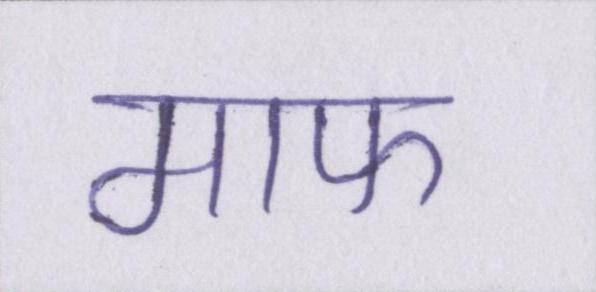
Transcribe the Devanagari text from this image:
माफ